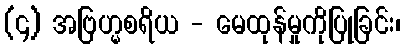
(၄) အဗြဟ္မစရိယ - မေထုန်မှုကိုပြုခြင်း၊